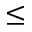
\le